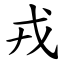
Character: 戎